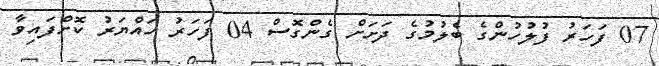
07 ފަހަރު ފުލުހުންގެ ބެލުމުގެ ދަށަށް ގެންގޮސް 04 ފަހަރު ހައްޔަރު ކޮށްފައިވާ